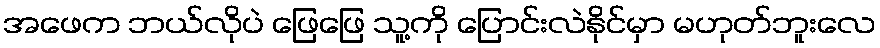
အဖေက ဘယ်လိုပဲ ဖြေဖြေ သူ့ကို ပြောင်းလဲနိုင်မှာ မဟုတ်ဘူးလေ